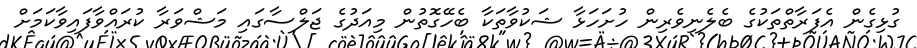
ގުޅިގެން އެފަރާތްތަކުގެ ބެލެނިވެރިން ހުށަހަޅާ ޝަކުވާތަކާ ބެހޭގޮތުން މިއަދުގެ ޖަލްސާގައި މަޝްވަރާ ކުރައްވާފައިވާކަމަށް